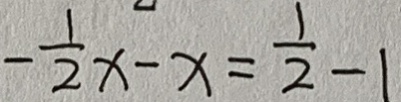
- \frac { 1 } { 2 } x - x = \frac { 1 } { 2 } - 1